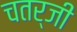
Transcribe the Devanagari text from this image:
चतर्जी